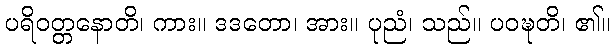
ပရိဝတ္တနောတိ၊ ကား။ ဒဒတော၊ အား။ ပုညံ၊ သည်။ ပဝဍ္ဎတိ၊ ၏။